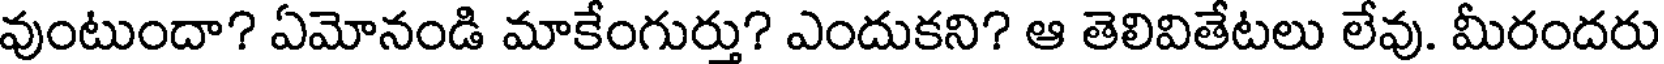
వుంటుందా? ఏమోనండి మాకేంగుర్తు? ఎందుకని? ఆ తెలివితేటలు లేవు. మీరందరు